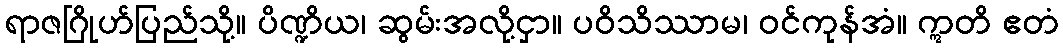
ရာဇဂြိုဟ်ပြည်သို့။ ပိဏ္ဍိယ၊ ဆွမ်းအလို့ငှာ။ ပဝိသိဿာမ၊ ဝင်ကုန်အံ။ ဣတိ ဧတံ